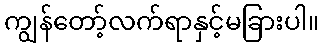
ကျွန်တော့်လက်ရာနှင့်မခြားပါ။